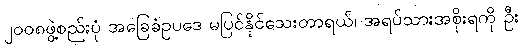
၂ဝဝ၈ဖွဲ့စည်းပုံ အခြေခံဥပဒေ မပြင်နိုင်သေးတာရယ်၊ အရပ်သားအစိုးရကို ဦး